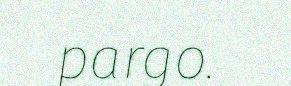
pargo.